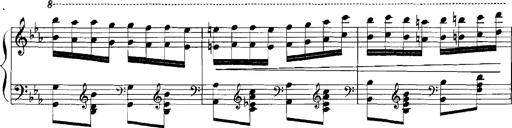
Title: Rhapsodies hongroises
Composer: Franz Liszt